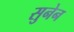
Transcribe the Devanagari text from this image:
सुनेन